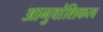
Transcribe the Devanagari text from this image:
आनुवांशिकत्व